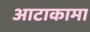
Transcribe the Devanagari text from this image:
आटाकामा